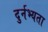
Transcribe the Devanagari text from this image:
दुर्नभ्यता